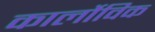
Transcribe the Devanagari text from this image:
कार्लोविक